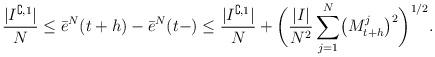
LaTeX: \begin{align*}\frac{\vert I^{\complement,1}\vert}{N}\leq\bar{e}^{N}(t+h)-\bar{e}^{N}(t-)\leq\frac{\vert I^{\complement,1}\vert}{N}+\biggl(\frac{\vert I\vert}{N^2}\sum_{j=1}^{N}\bigl(M_{t+h}^{j}\bigr)^{2}\biggr)^{1/2}.\end{align*}